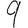
Digit: 9